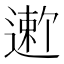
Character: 𬨻